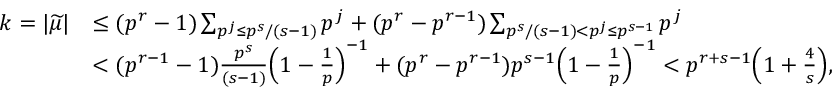
\begin{array} { r l } { k = | { \widetilde \mu } | } & { \le ( p ^ { r } - 1 ) \sum _ { p ^ { j } \le p ^ { s } / ( s - 1 ) } p ^ { j } + ( p ^ { r } - p ^ { r - 1 } ) \sum _ { p ^ { s } / ( s - 1 ) < p ^ { j } \le p ^ { s - 1 } } p ^ { j } } \\ & { < ( p ^ { r - 1 } - 1 ) \frac { p ^ { s } } { ( s - 1 ) } \Big ( 1 - \frac 1 p \Big ) ^ { - 1 } + ( p ^ { r } - p ^ { r - 1 } ) p ^ { s - 1 } \Big ( 1 - \frac 1 p \Big ) ^ { - 1 } < p ^ { r + s - 1 } \Big ( 1 + \frac 4 s \Big ) , } \end{array}